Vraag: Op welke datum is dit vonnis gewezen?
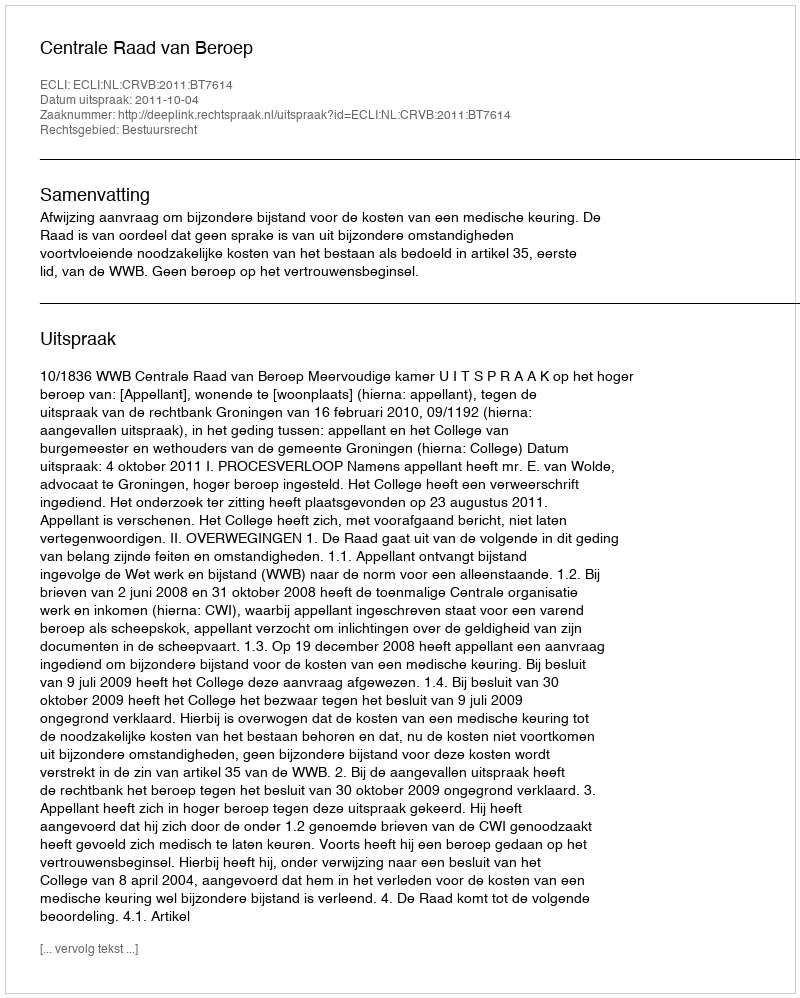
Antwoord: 2011-10-04